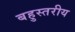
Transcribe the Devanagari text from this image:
बहुस्‍तरीय